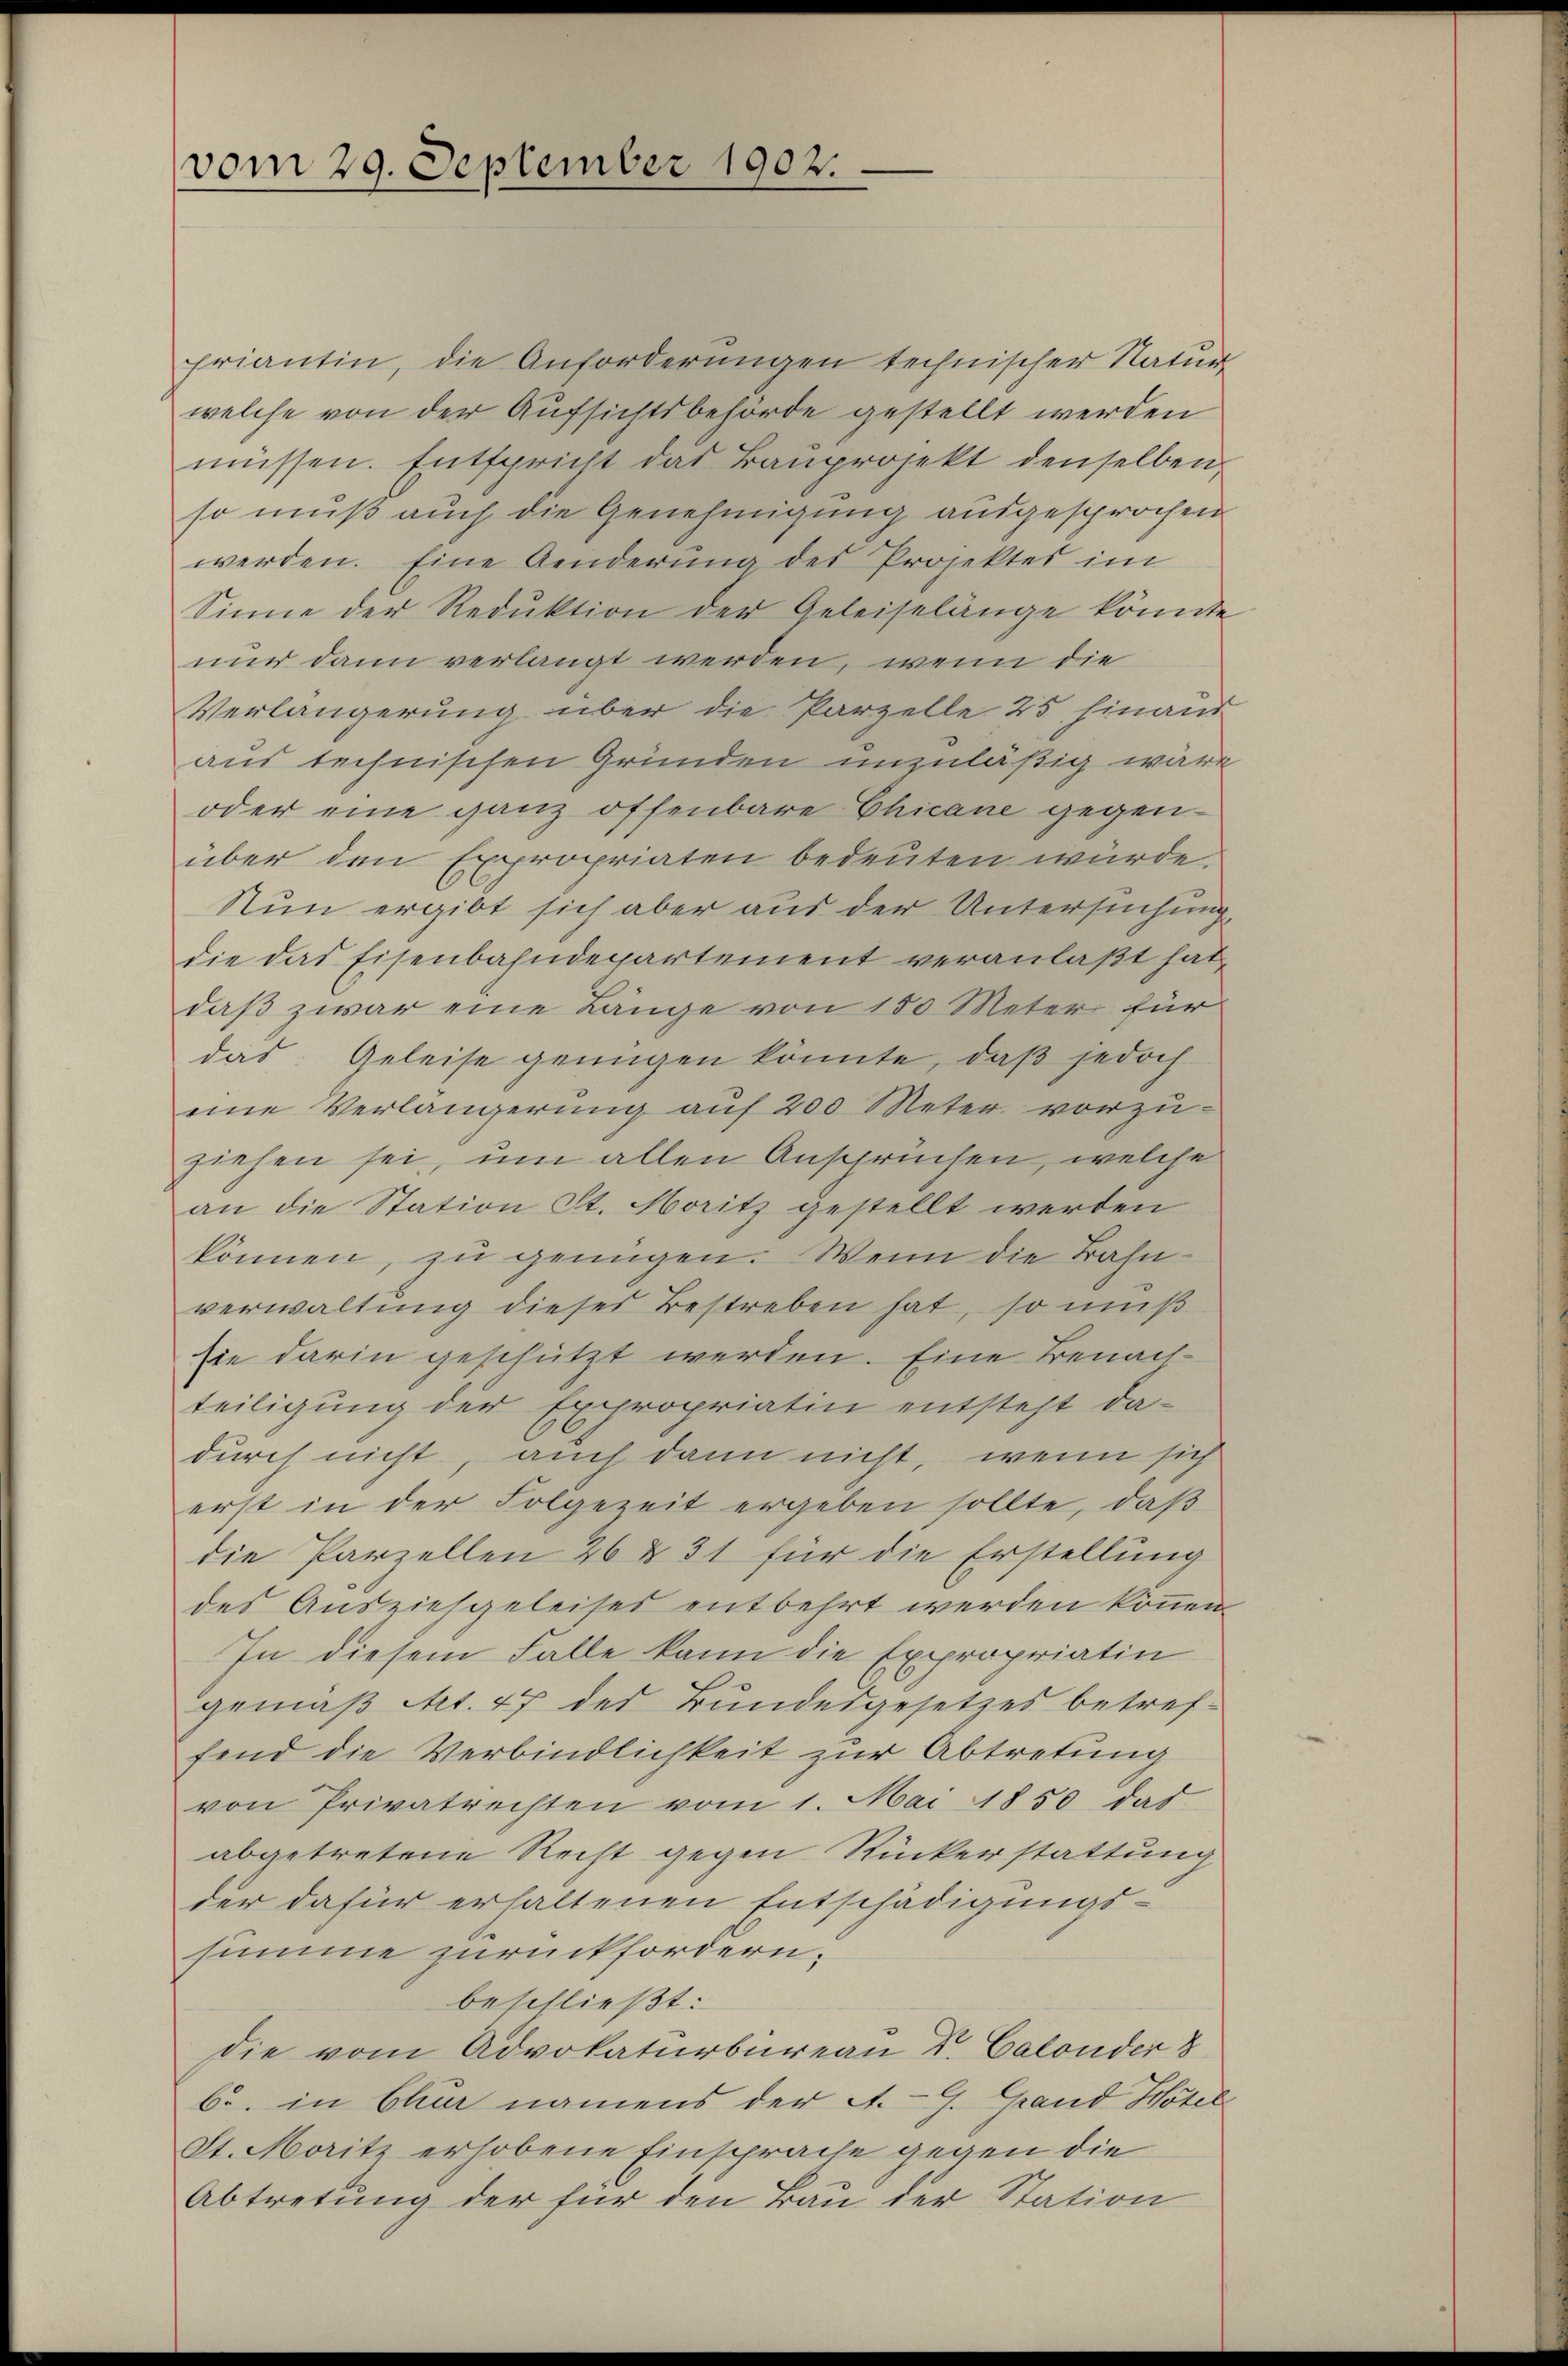
vom 29. September 1902.

friantin, die Anforderungen technischer Natur
welche von der Aufsichtsbehörde gestellt werden
müssen. Entspricht das Baŭprojekt denselben,
so muß auch die Genehmigung ausgesprochen
werden. Eine Aenderung des Projektes im
Sinne der Reduktion der Geleiselänge könnte
nur dann verlangt werden, wenn die
Verlängerung über die Parzelle 25 hinaus
aus technischen Gründen unzuläßig wäre
oder eine ganz offenbare Chicane gegenüber den Expropriaten bedeuten würde.
Nun ergibt sich aber aus der Untersuchung
die das Eisenbahndepartement veranlaßt hat,
daβ zwar eine Länge von 150 Meter für
das Geleise genügen könnte, daß jedoch
eine Verlängerung auf 200 Meter vorzu-
ziehen sei, um allen Ansprüchen, welche
an die Station St. Moritz gestellt werden
können, zu genügen. Wenn die Bahnverwaltung dieses Bestreben hat, so muß
sie darin geschützt werden. Eine Benachteiligung der Expropriatin entsteht dadurch nicht, auch dann nicht, wenn sich
erst in der Folgezeit ergeben sollte, daß
die Parzellen 26 & 31 für die Erstellung
des Ausziehgeleises entbehrt werden können.
In diesem Falle kann die Expropriatin
gemäß Art. 47 des Bundesgesetzes betreffend die Verbindlichkeit zur Abtretung
von Privatrechten vom 1. Mai 1850 das
abgetretene Recht gegen Rückerstattung
der dafür erhaltenen Entschädigungs-
summe zurückfordern.
beschließt:
die vom Advokaturbureau V. Calonder 8
b. in Chur namens der A.H. Grand Hotel
St. Moritz erhobene Einsprache gegen die
Abtretung der für den Bau der Station